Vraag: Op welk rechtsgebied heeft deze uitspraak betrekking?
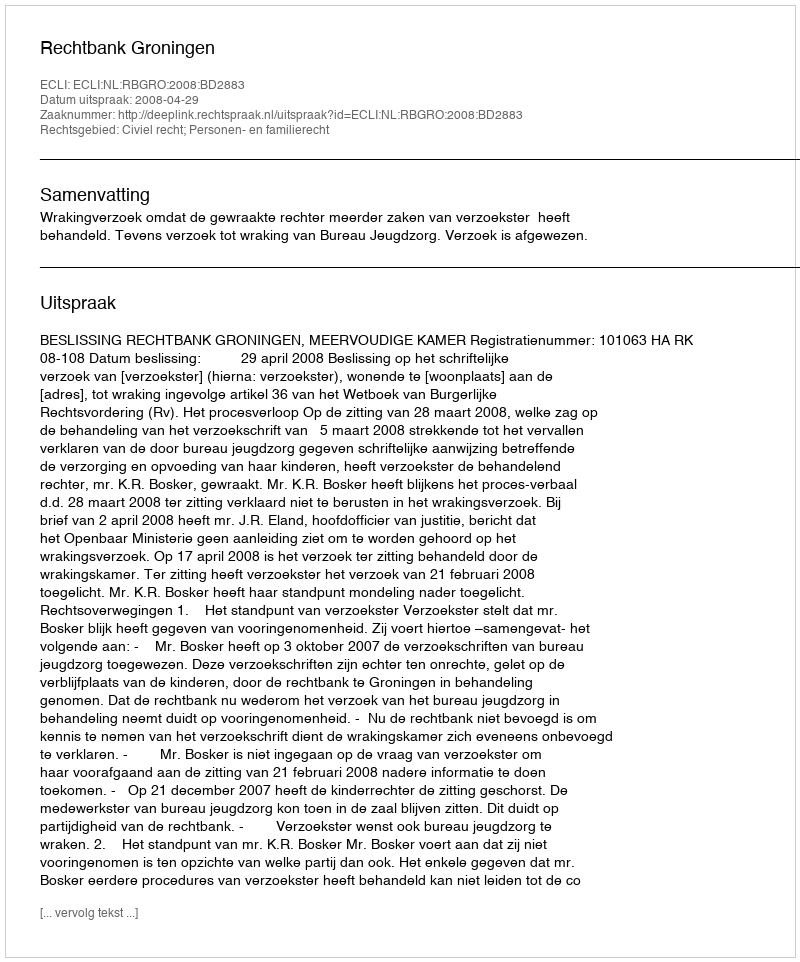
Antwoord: Civiel recht; Personen- en familierecht